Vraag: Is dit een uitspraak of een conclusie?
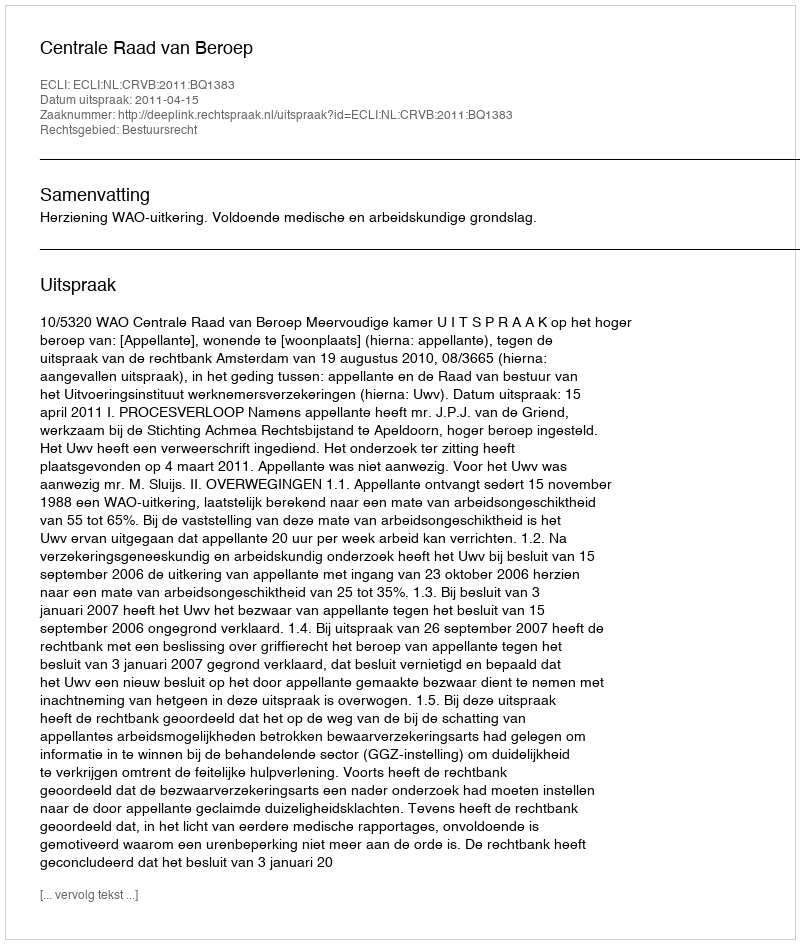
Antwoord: Uitspraak